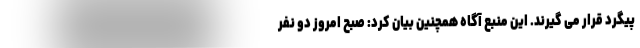
پیگرد قرار می گیرند. این منبع آگاه همچنین بیان کرد: صبح امروز دو نفر